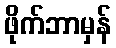
ဖိုက်ဘာမှန်